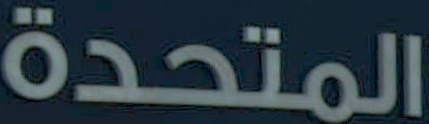
المتحدة